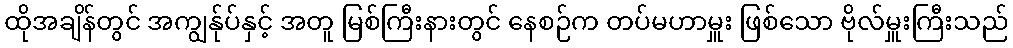
ထိုအချိန်တွင် အကျွန်ုပ်နှင့် အတူ မြစ်ကြီးနားတွင် နေစဉ်က တပ်မဟာမှူး ဖြစ်သော ဗိုလ်မှူးကြီးသည်